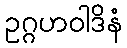
ဥဂ္ဂဟဝါဒိနံ